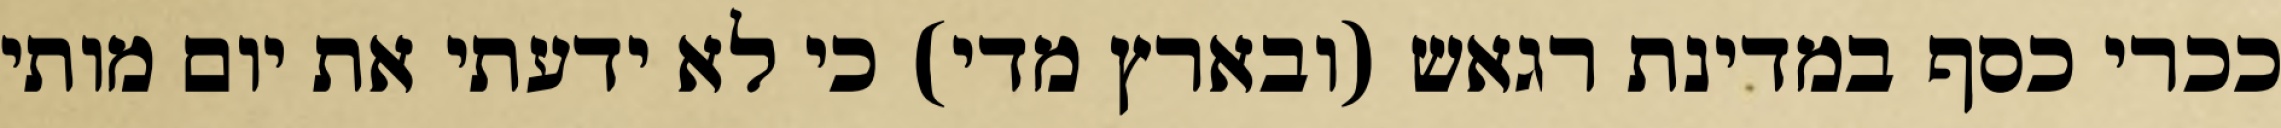
ככרי כסף במדינת רגאש (ובארץ מדי) כי לא ידעתי את יום מותי